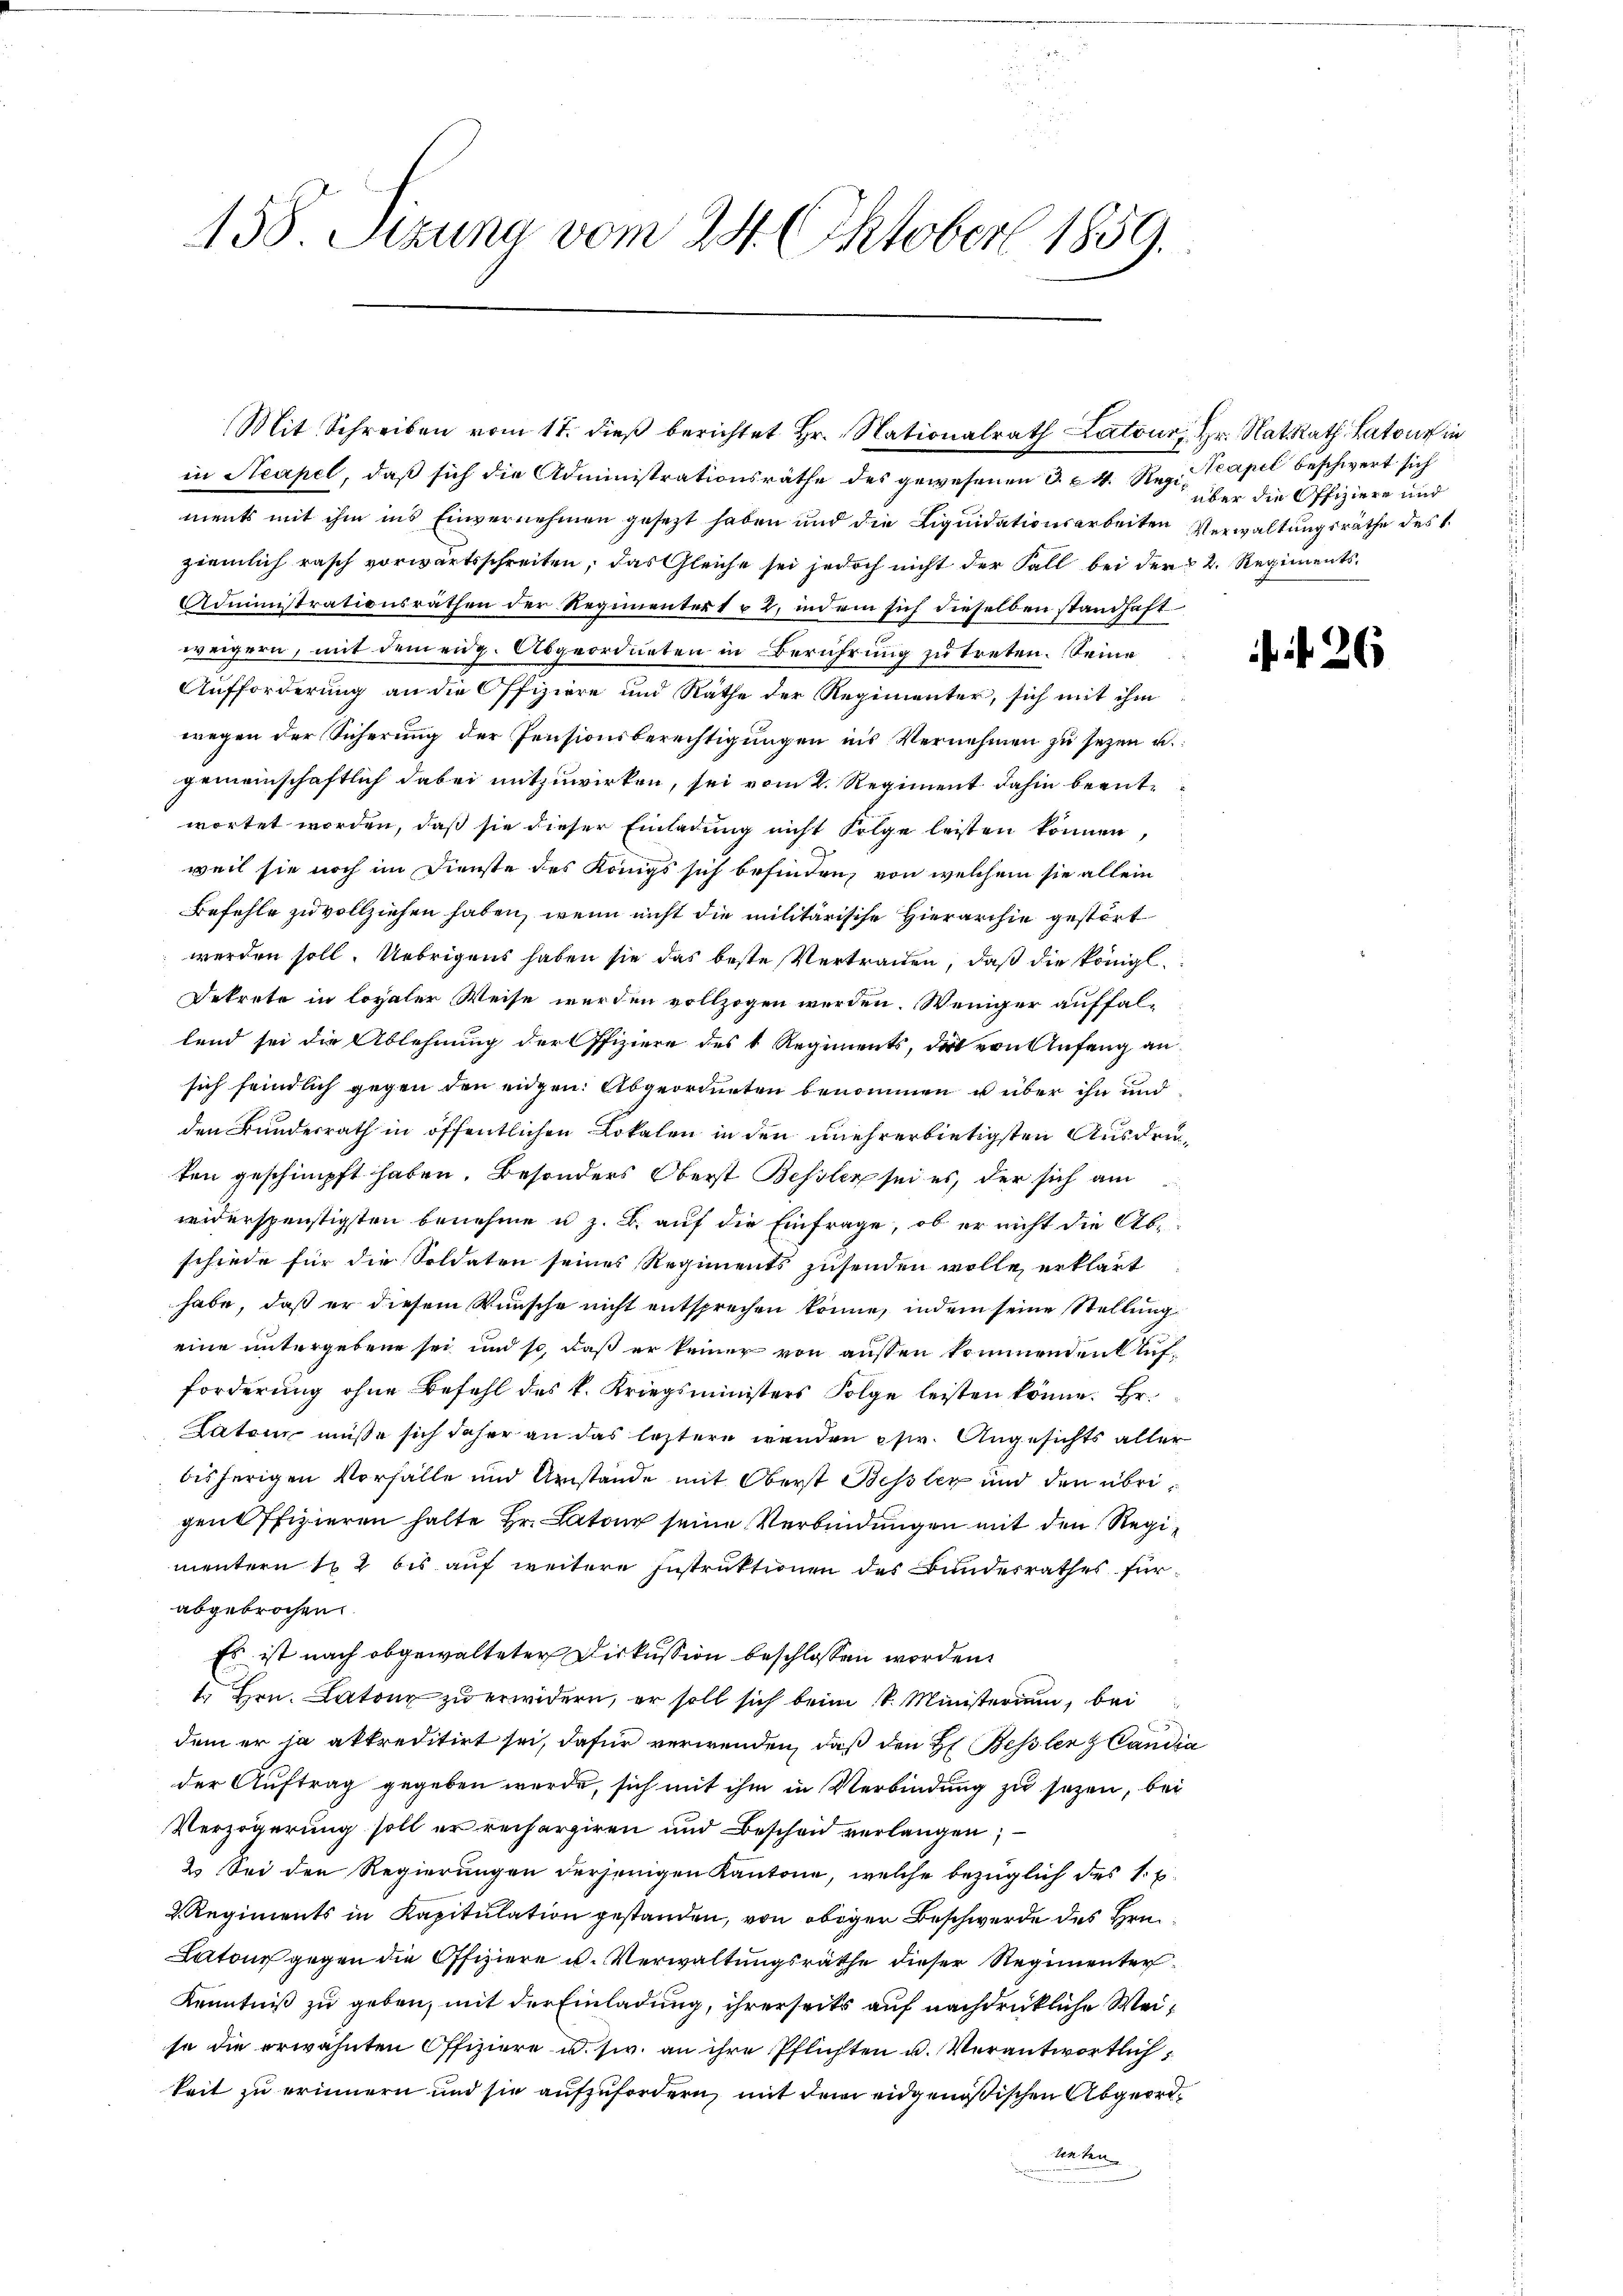
158. Sizung vom 24. Oktober 1859.

ments mit ihm ins Einvernehmen gesezt haben und die Liquidationsarbeiten Verwaltungsräthe des
ziemlich rasch vorwärtsschreiten, das Gleiche sei jedoch nicht der Fall bei der § 2. Regiments
Administrationsräthen der Regimentert u 2, indem sich dieselben standhaft
weigern, mit dem eidg. Abgeordneten in Berührung zu treten. Seine
Aufforderung an die Offiziere und Räthe der Regimenter, sich mit ihm
wegen der Sicherung der Pensionsberechtigungen ins Vernehmen zu sezen u.
gemeinschaftlich dabei mitzuwirken, sei vom 2. Regiment dahin beantwortet worden, daß sie dieser Einladung nicht Folge leisten können,
weil sie noch im Dienste des Königs sich befinden, von welchem sie allein
Befehle zu vollziehen haben, wenn nicht die militärische Hierarchie gestört
werden soll. Uebrigens haben sie das beste Vertrauen, daß die königl.
Bekrete in loyaler Weise werden vollzogen werden. Weniger auffallend sei die Ablehnung der Offiziere des 1 Regiments, die von Anfang an
sich feindlich gegen den eidgen. Abgeordneten benommen u über ihn und
den Bundesrath in öffentlichen Lokalen in den unehrerbietigsten Ausdruten geschimpft haben. Besonders Oberst Bessler sei es, der sich am
widerspenstigsten benehme u. z. B. auf die Einfrage, ob er nicht die Abschiede für die Soldaten seines Regiments zusenden wolle, erklärt
habe, daß er diesem Wünsche nicht entsprechen könne, indem seine Stellung
eine untergebene sei und so, daß er keiner von ausen kommendent Aufforderung ohne Befehl des k. Kriegsministers Folge leisten könne. Hr.
Latein müsse sich daher an das leztere wenden chw. Angesichts aller
bisherigen Vorfalle und Umstände mit Oberst Bessler und den übrigen Pfizieren halte Hr. Latone seine Verbindungen mit den Regimuntern 12 bis auf weitere Instruktionen des Bundesrathes für
abgebrochen
Es ist nach abgewalteter Diskussion beschlossen worden.
t Hrn. Latone zu erwidern, er soll sich beim k. Ministerium, bei
dem er ja akkreditirt sei, dafür verwenden, daß den H. Bessler & Candia
der Auftrag gegeben werde, sich mit ihm in Verbindung zu sezen, bei
Verzögerung soll er recherziren und Beschon verlangen;
2. Sei der Regierungen derjenigen Kantone, welche bezüglich des 1. E
2. Regiments in Kapitulation gestanden, von obiger Beschwerde des Hrn.
Latone gegen die Offiziere u. Verwaltungsräthe dieser Regimenter¬
Kenntniß zu geben, mit der Einladung, ihrerseits auf nachdrückliche Weise die erwähnten Offiziere u. s. an ihre Pflichten u. Verantwortlichkeit zu erinnern und sie aufzufordern, mit dem eidgenößischen Abgeorduinten

Mit Schreiben vom 17. dieβ berichtet Hr. Nationalrath Latour, Hr. Rat Rath Lato in
in Neapel, daß sich die Administrationsräthe des gewesenen 3. & 4. Reg. capel beschwert sich

über die Offiziere und

N. 26